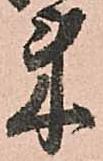
来